Civil Veterinary Department. Madras. Admin. report 1926-33 - 1926-1933
Year: 1926
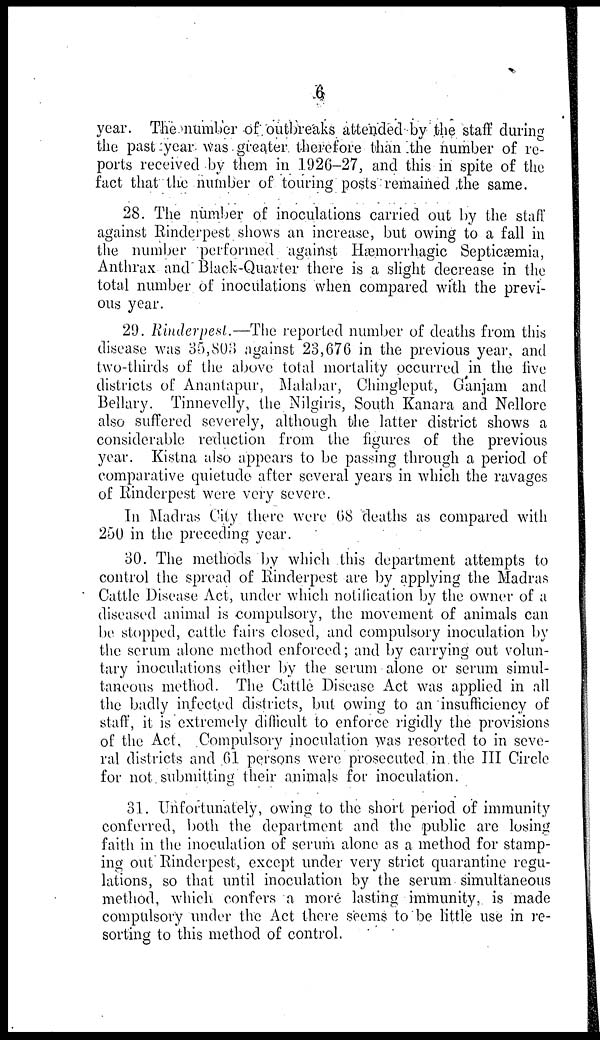
6
year. The number of outbreaks attended by the staff during
the past year was greater therefore than the number of re-
ports received by them in 1926—27, and this in spite of the
fact that the number of touring posts remained the same.
28. The number of inoculations carried out by the staff
against Rinderpest shows an increase, but owing to a fall in
the number performed against Hæmorrhagic Septicæmia,
Anthrax and Black-Quarter there is a slight decrease in the
total number of inoculations when compared with the previ-
ous year.
29. Rinderpest.—The reported number of deaths from this
disease was 35,803 against 23,676 in the previous year and
two-thirds of the above total mortality occurred in the live
districts of Anantapur, Malabar, Chingleput, Gunjam and
Bellary. Tinnevelly, the Nilgiris, South Kanara and Nellore
also suffered severely, although the latter district shows a
considerable reduction from the figures of the previous
year. Kistna also appears to be passing through a period of
comparative quietude after several years in which the ravages
of Rinderpest were very severe.
In Madras City there were 68 deaths as compared with
250 in the preceding year.
30. The methods by which this department attempts to
control the spread of Rinderpest are by applying the Madras
Cattle Disease Act, under which notification by the owner of a
diseased animal is compulsory, the movement of animals can
be stopped, cattle fairs closed, and compulsory inoculation by
the serum alone method enforced ; and by carrying out volun-
tary inoculations either by the serum alone or serum simul-
taneous method. The Cattle Disease Act was applied in all
the badly infected districts, but owing to an insufficiency of
staff, it is extremely difficult to enforce rigidly the provisions
of the Act, Compulsory inoculation was resorted to in seve-
ral districts and 61 persons were prosecuted in the III Circle
for not submitting their animals for inoculation.
31. Unfortunately, owing to the short period of immunity
conferred, both the department and the public are losing
faith in the inoculation of serum alone as a method for stamp-
ing out Rinderpest, except under very strict quarantine regu-
lations, so that until inoculation by the serum simultaneous
method, which confers a more lasting immunity, is made
compulsory under the Act there seems to be little use in re-
sorting to this method of control.